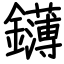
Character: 鑮